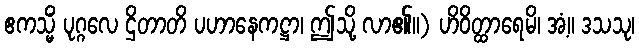
ဧကသ္မိံ ပုဂ္ဂလေ ဌိတာတိ ပဟာနေကဋ္ဌာ၊ ဤသို့ လာ၏။) ဟိဝိတ္ထာရေမိ၊ အံ့။ ဒသသု၊